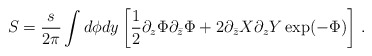
\begin{align*}S = \frac{s}{2\pi}\int d\phi dy \left[\frac 12 \partial_z \Phi \partial_{\bar z} \Phi + 2 \partial_{\bar z} X \partial_z Y \exp(-\Phi) \right]\,. \end{align*}